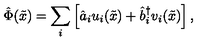
{ \hat { \Phi } } ( { \tilde { x } } ) = \sum _ { i } \left[ { \hat { a } } _ { i } u _ { i } ( { \tilde { x } } ) + { \hat { b } } _ { i } ^ { \dag } v _ { i } ( { \tilde { x } } ) \right] ,